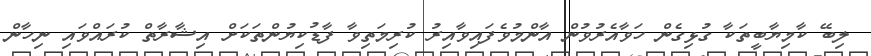
ލިބޭ ކާމިޔާބީތަކާ ގުޅިގެން ހަވާއެރުވުން އާންމުވެފައިވާއިރު ކުރިމަތިވާ ފާޑުކިޔުންތަކަށް އިޝާރާތް ކުރައްވައި ނިހާން